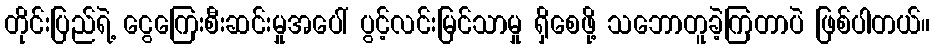
တိုင်းပြည်ရဲ့ ငွေကြေးစီးဆင်းမှုအပေါ် ပွင့်လင်းမြင်သာမှု ရှိစေဖို့ သဘောတူခဲ့ကြတာပဲ ဖြစ်ပါတယ်။